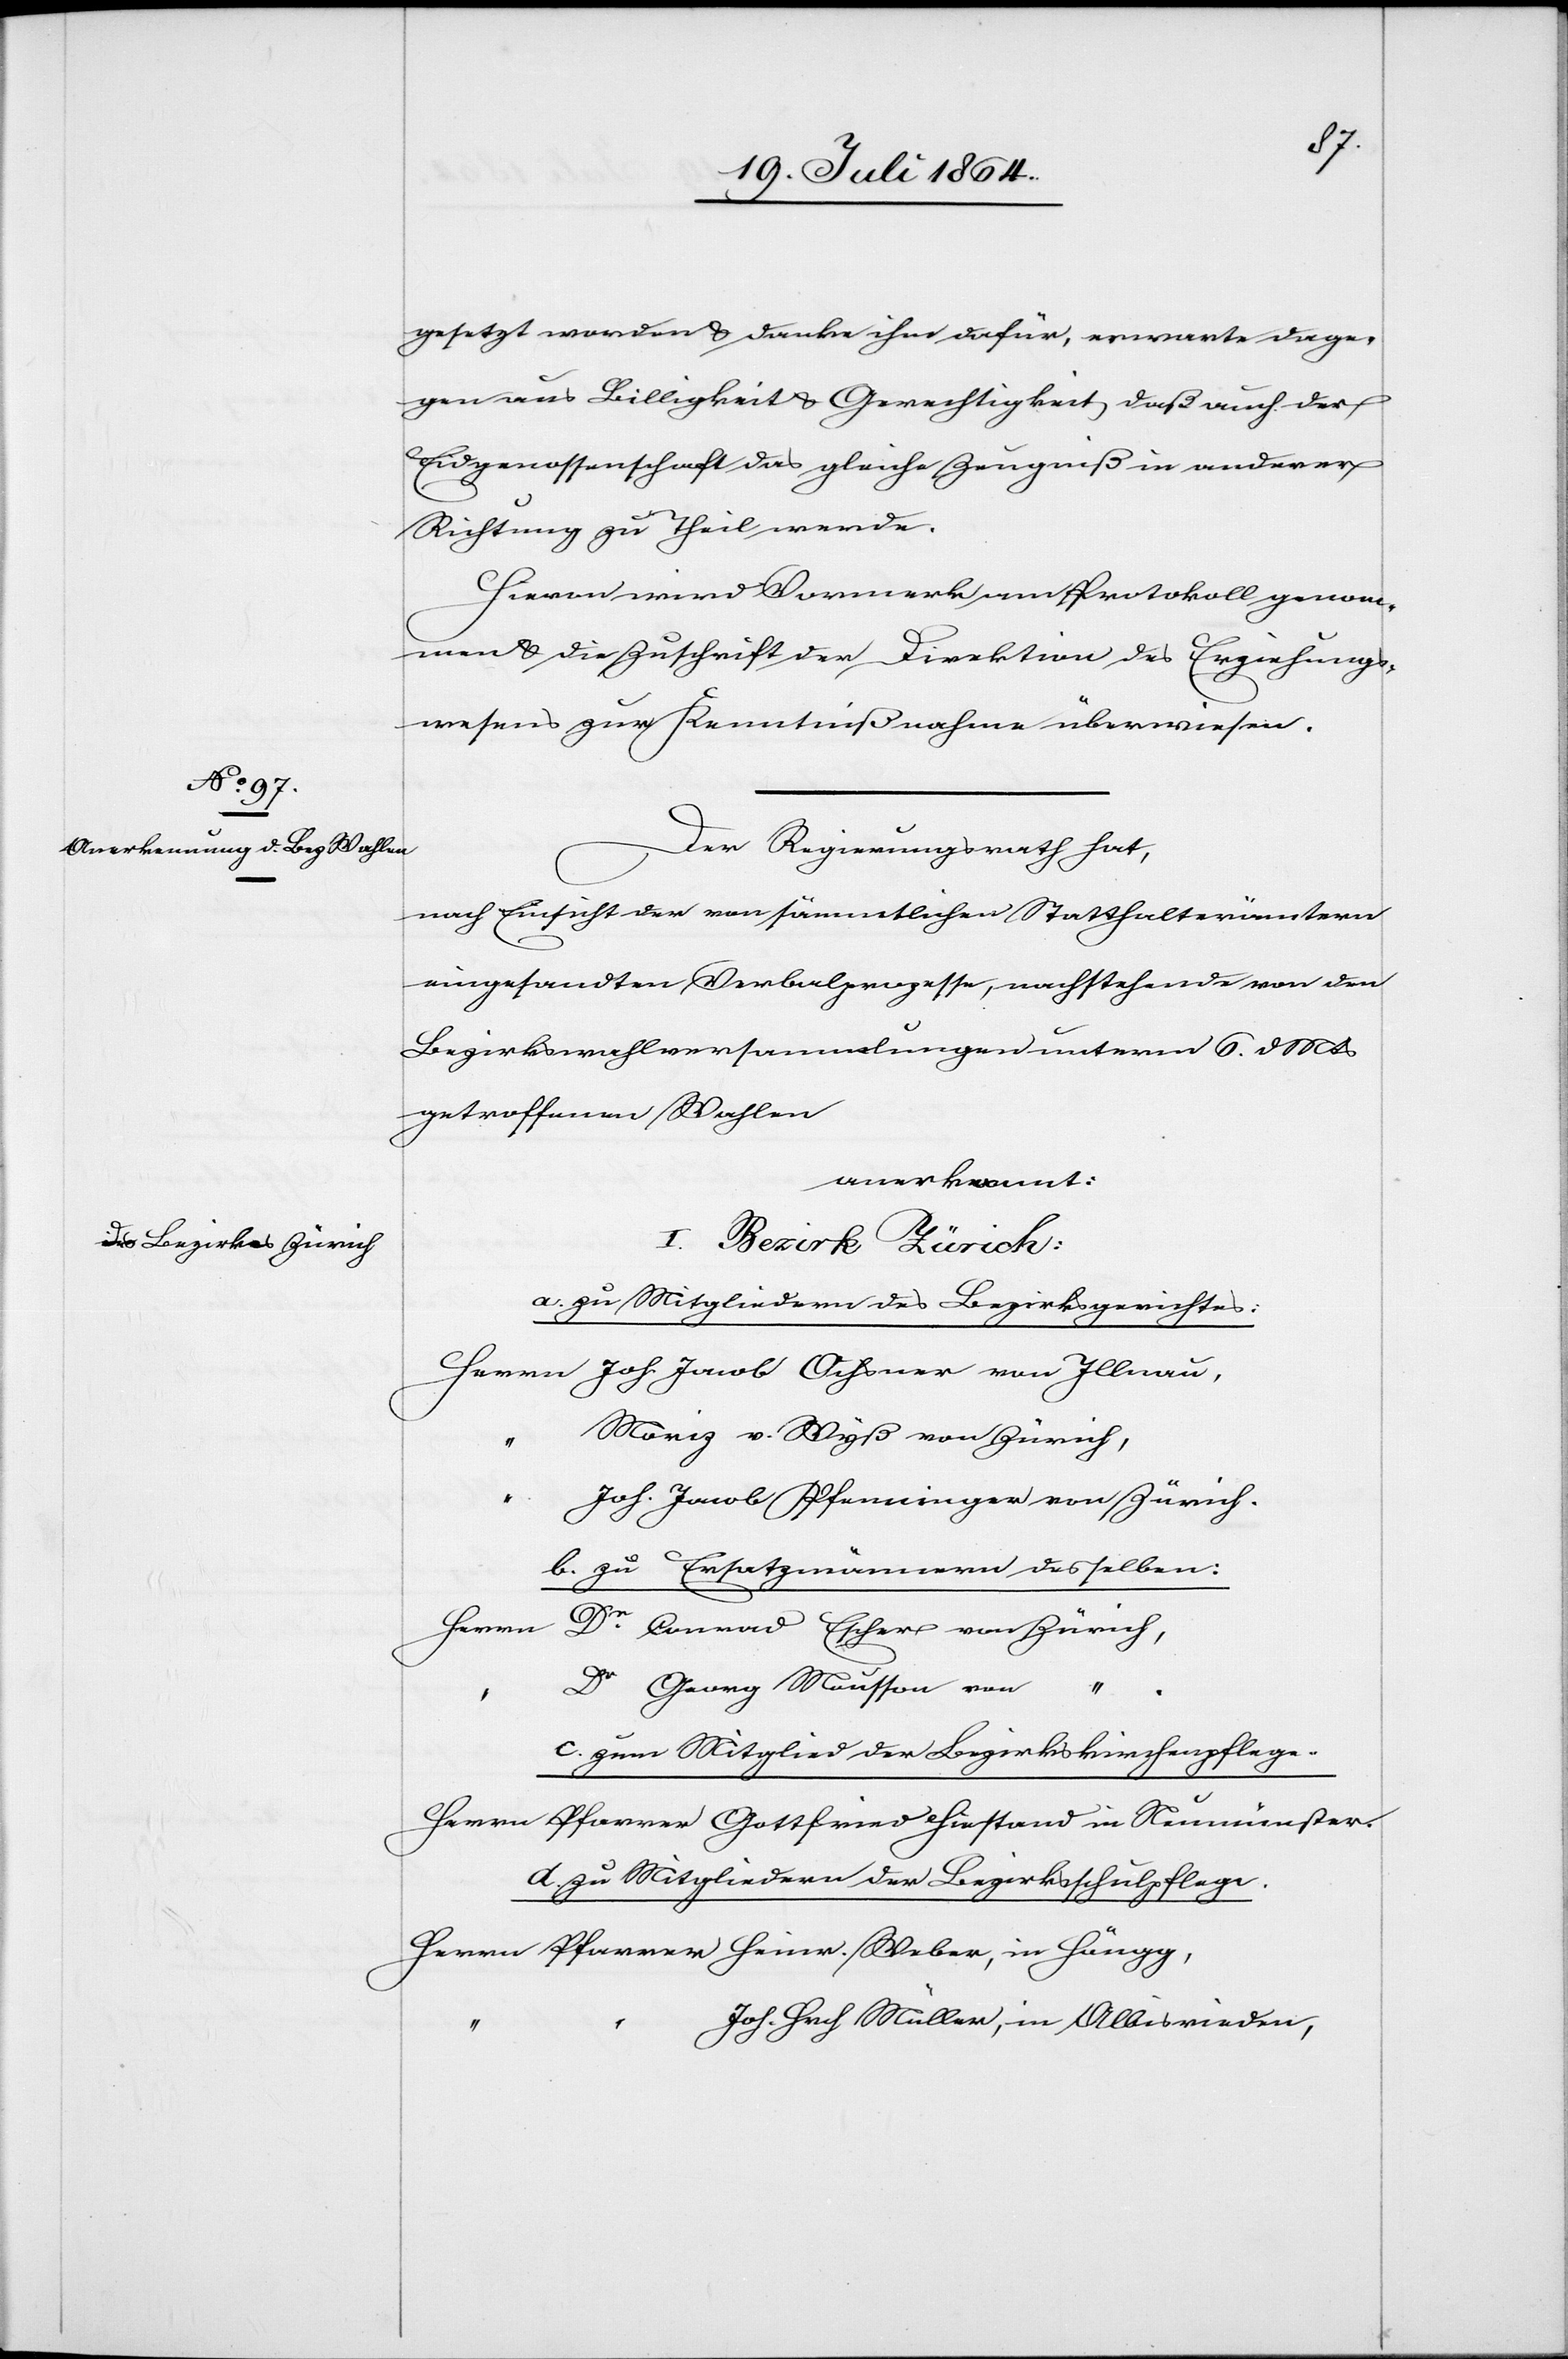
gesetzt worden u. danke ihm dafür, erwarte dage¬
gen aus Billigkeit u. Gerechtigkeit, daß auch der
Eidgenossenschaft das gleiche Zeugniß in anderer
Richtung zu Theil werde.
Hievon wird Vormerk am Protokoll genom¬
men u. die Zuschrift der Direktion des Erziehungs¬
wesens zur Kenntnißnahme überwiesen.
Der Regierungsrath hat,
nach Einsicht der von sämmtlichen Statthalterämtern
eingesandten Verbalprozesse, nachstehende von den
Bezirkswahlversammlungen unterm 6. dMts
getroffenen Wahlen
anerkannt:
I.
Bezirk Zürich:
a. zu Mitgliedern des Bezirksgerichtes:
Herrn	Joh. Jacob Ochsner von Illnau,
oriz v. Wyß von Zürich,
oh. Jacob Pfenninger von Zürich.
b. zu Ersatzmännern derselben:
Herrn	D¬
r Conrad Escher von Zürich,
Georg Mousson von
“ .
c. zum Mitglied der Bezirkskirchenpflege
Herrn 	Pfarrer Gottfried Hiestand in Neumünster.
d. zu Mitgliedern der Bezirksschulpflege.
Herrn	Pfarrer Heinr. Weber, in Höngg,
Joh. Hrch Müller, in Albisrieden,